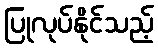
ပြုလုပ်နိုင်သည့်